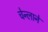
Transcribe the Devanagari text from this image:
चेन्लाने